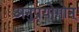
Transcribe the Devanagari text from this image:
अनुप्रयोगोन्